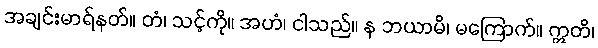
အချင်းမာရ်နတ်။ တံ၊ သင့်ကို။ အဟံ၊ ငါသည်။ န ဘယာမိ၊ မကြောက်။ ဣတိ၊